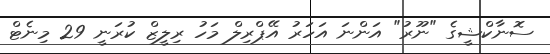
ސޮނާކްޝީގެ "ނޫރު" އަންނަ އަހަރު އޭޕްރިލް މަހު ރިލީޒް ކުރަނީ 29 މިނެޓް